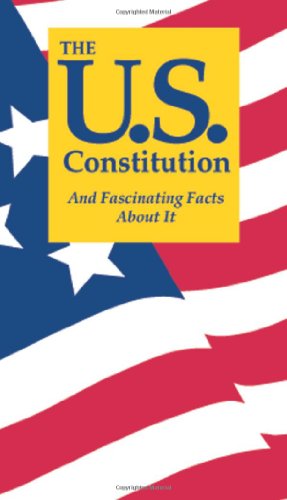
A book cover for The U.S. Constitution And Fascinating Facts About It; Terry L. Jordan; Law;